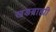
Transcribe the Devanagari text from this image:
खडब्राह्मी